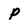
Character: P